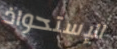
الإستحواذ